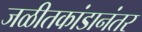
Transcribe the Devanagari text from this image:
जळीतकांडानंतर